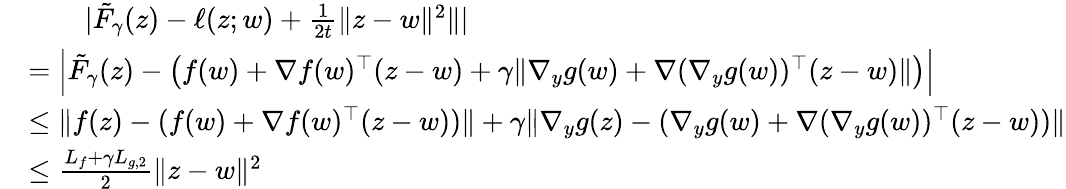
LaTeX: \begin{array}{rl}&{~~~~~~~~|\tilde{F}_{\gamma}(z)-\ell(z;w)+\frac{1}{2t}\| z-w\| ^{2}\| |}\\ &{=\Big|\tilde{F}_{\gamma}(z)-\left(f(w)+\nabla f(w)^{\top}(z-w)+\gamma\| \nabla_{y}g(w)+\nabla(\nabla_{y}g(w))^{\top}(z-w)\| \right)\Big|}\\ &{\leq\| f(z)-(f(w)+\nabla f(w)^{\top}(z-w))\| +\gamma\| \nabla_{y}g(z)-(\nabla_{y}g(w)+\nabla(\nabla_{y}g(w))^{\top}(z-w))\| }\\ &{\leq\frac{L_{f}+\gamma L_{g,2}}{2}\| z-w\| ^{2}}\end{array}